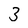
Character: 3